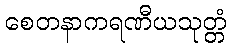
စေတနာကရဏီယသုတ္တံ